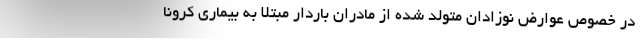
در خصوص عوارض نوزادان متولد شده از مادران باردار مبتلا به بیماری کرونا